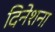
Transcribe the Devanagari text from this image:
दिनेशना